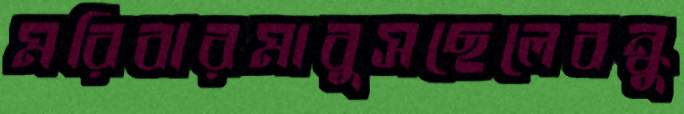
মরিবারমাবুসছেলেবন্ধু